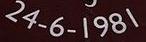
24-6-1981